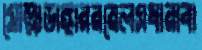
মোল্লাডাঙ্গাররয়েলসধারাবা